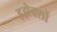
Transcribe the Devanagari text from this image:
इझेक्सों